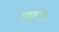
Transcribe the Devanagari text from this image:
पंचअरीय